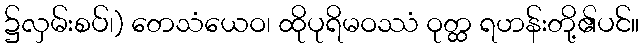
၌လှမ်းစပ်၊) တေသံယေဝ၊ ထိုပုရိမဝဿံ ဝုတ္ထ ရဟန်းတို့၏ပင်။